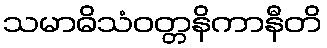
သမာဓိသံဝတ္တနိကာနီတိ